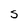
Character: S